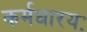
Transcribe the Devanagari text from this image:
कर्मधारयः